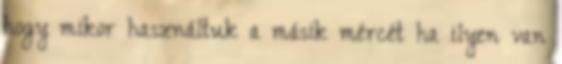
hogy mikor használtuk a másik mércét ha ilyen van